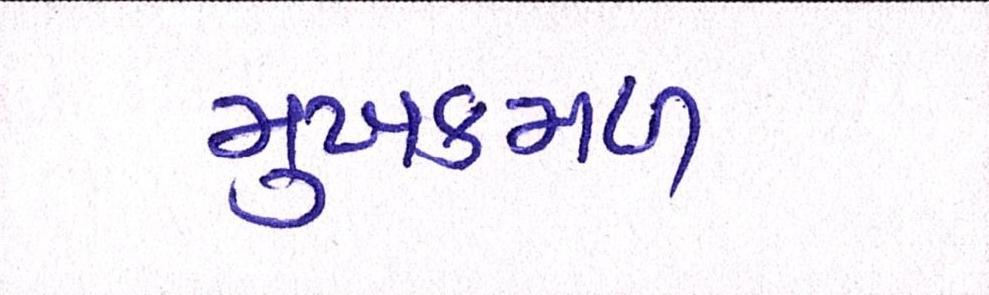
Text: મુખકમળ